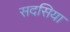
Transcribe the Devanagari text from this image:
सदसिया